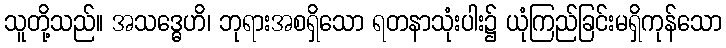
သူတို့သည်။ အသဒ္ဓေဟိ၊ ဘုရားအစရှိသော ရတနာသုံးပါး၌ ယုံကြည်ခြင်းမရှိကုန်သော